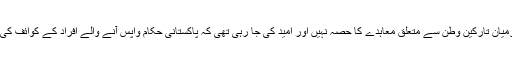
یورپی یونین نے کہا کہ شناختی کارڈ نمبر کی شرط پاکستان اور یورپی یونین کے درمیان تارکین وطن سے متعلق معاہدے کا حصہ نہیں اور امید کی جا رہی تھی کہ پاکستانی حکام واپس آنے والے افراد کے کوائف کی تصدیق اُن کے پاسپورٹ نمبروں کے ذریعے کرنے کے بعد اُنھیں قبول کر لیں گے۔